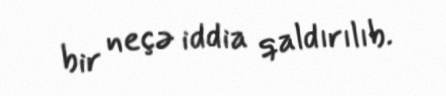
bir neçə iddia qaldırılıb.